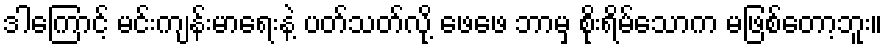
ဒါကြောင့် မင်းကျန်းမာရေးနဲ့ ပတ်သတ်လို့ ဖေဖေ ဘာမှ စိုးရိမ်သောက မဖြစ်တော့ဘူး။